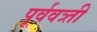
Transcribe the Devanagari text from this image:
पूर्ववत्र्ती